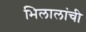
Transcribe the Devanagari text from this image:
भिलालांची